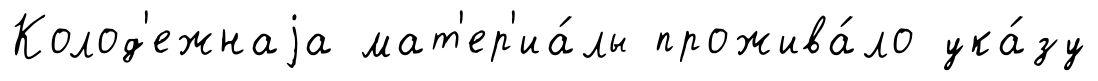
Колод'ежнаjа мат'ер'иа́лы прожива́ло ука́зу